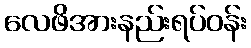
လေဖိအားနည်းရပ်ဝန်း